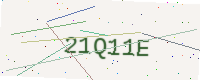
Text: 21Q11E